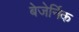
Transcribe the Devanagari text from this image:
बेजेर्निक